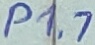
Text: P1.7